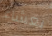
بعشاء